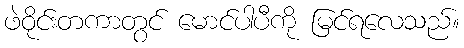
ဖဲဝိုင်းတကာတွင် မောင်ပါပီကို မြင်ရလေသည်။